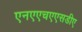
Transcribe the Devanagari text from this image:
एनएएचएएसडीए